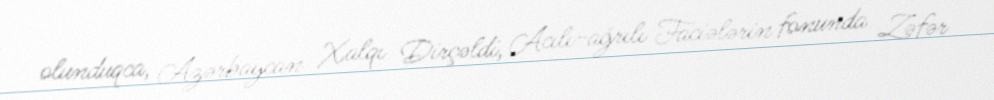
olunduqca, Azərbaycan Xalqı Dirçəldi, Acılı-ağrılı Faciələrin fonunda Zəfər